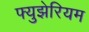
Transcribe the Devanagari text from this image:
फ्युझेरियम